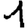
Digit: 1